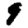
Digit: 9